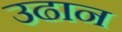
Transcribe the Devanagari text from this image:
उढान